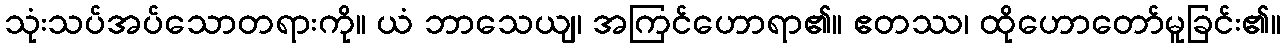
သုံးသပ်အပ်သောတရားကို။ ယံ ဘာသေယျ၊ အကြင်ဟောရာ၏။ ဧတဿ၊ ထိုဟောတော်မူခြင်း၏။